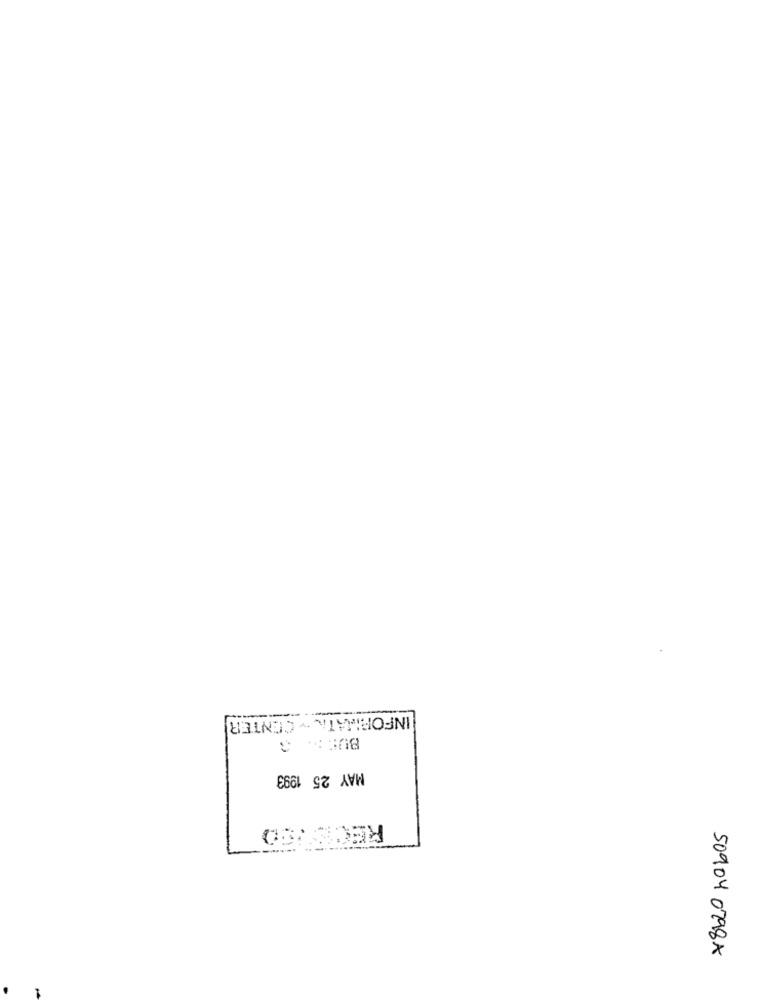
INFORMATI ~~ CENTER
MAY 25 1993
50904 0798X